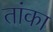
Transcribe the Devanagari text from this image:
तांका